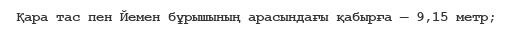
Қара тас пен Йемен бұрышының арасындағы қабырға — 9,15 метр;